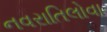
નવરાતિલોવા